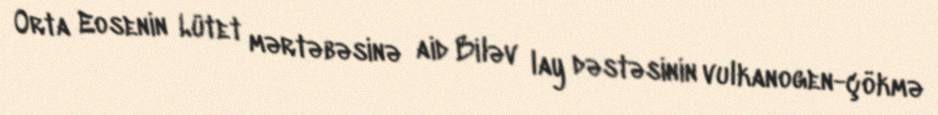
Orta Eosenin Lütet mərtəbəsinə aid Biləv lay dəstəsinin vulkanogen-çökmə